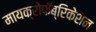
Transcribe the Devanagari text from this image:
मायक्रोफॅब्रिकेशन